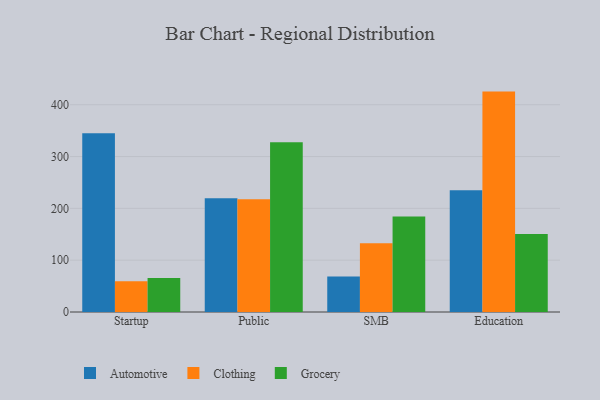
{"axis": {"x": "Segment", "y": "Satisfaction Score"}, "legend": ["Automotive", "Clothing", "Grocery"], "data": [{"x": "Startup", "y": 345.0, "type": "Automotive"}, {"x": "Startup", "y": 59.1, "type": "Clothing"}, {"x": "Startup", "y": 65.8, "type": "Grocery"}, {"x": "Public", "y": 219.5, "type": "Automotive"}, {"x": "Public", "y": 217.8, "type": "Clothing"}, {"x": "Public", "y": 327.8, "type": "Grocery"}, {"x": "SMB", "y": 68.6, "type": "Automotive"}, {"x": "SMB", "y": 132.6, "type": "Clothing"}, {"x": "SMB", "y": 184.4, "type": "Grocery"}, {"x": "Education", "y": 234.9, "type": "Automotive"}, {"x": "Education", "y": 425.3, "type": "Clothing"}, {"x": "Education", "y": 150.6, "type": "Grocery"}]}